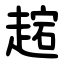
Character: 趤